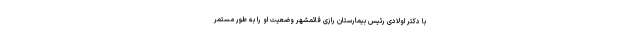
با دکتر اولادی رئیس بیمارستان رازی قائمشهر وضعیت او را به طور مستمر